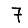
Digit: 7